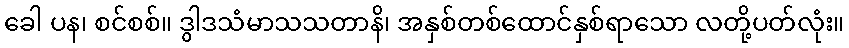
ခေါ ပန၊ စင်စစ်။ ဒွါဒသံမာသသတာနိ၊ အနှစ်တစ်ထောင်နှစ်ရာသော လတို့ပတ်လုံး။